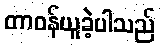
တာဝန်ယူခဲ့ပါသည်